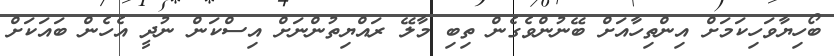
ބޯހިޔާވަހިކަމަށް އިންތިހާއަށް ބޭނުންވެގެން ތިބި މާލޭ ރައްޔިތުންނަށް އިސްކަން ނުދީ އެހެން ބައަކަށް